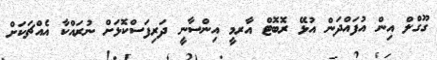
ގޫގްލް އިން އުފައްދަން އުޅޭ ރޮބޮޓް އާރމީ އިންސާނީ ދަރިފަސްކޮޅަށް ނުރައްކާ އެއްޗަކަށް